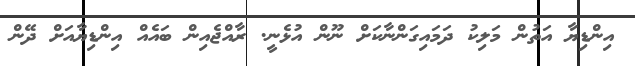
އިންޑިޔާ އަތުން މަލިކު ދަމައިގަންނާކަށް ނޫން އުޅެނީ. ރާއްޖެއިން ބައެއް އިންޑިޔާއަށް ދޭން